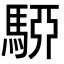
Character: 𩤷